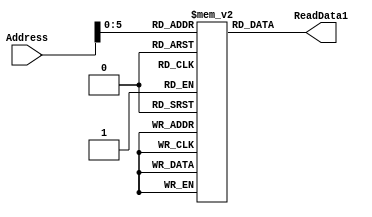
`timescale 1ns / 1ns
module Instruction_Memory(Address, ReadData1);

	parameter BITSIZE = 32;
	parameter REGSIZE = 64;
	input [REGSIZE-1:0] Address;
	output reg [BITSIZE-1:0] ReadData1;

	reg [BITSIZE-1:0] memory_file [0:REGSIZE-1];	// Entire list of memory

	// Asyncronous read of memory. Was not specified.
	always @(Address, memory_file[Address])
		begin
			ReadData1 = memory_file[Address];
		end

	
	//MY method of filling the memory instead of through a test bench
	initial
		begin
			memory_file[0] = 32'b11110010100_1111111111111111_00010; //movk x2, 1
            memory_file[1] = 32'b11110010100_0000000000000111_00001; //moxk x1, 7
            memory_file[2] = 32'b10001011000_00001_000000_00010_01010; //add x10, x2, x1		
            memory_file[3] = 32'b11110010100_0000000000000001_01010; //movk x10, 1
		end

endmodule